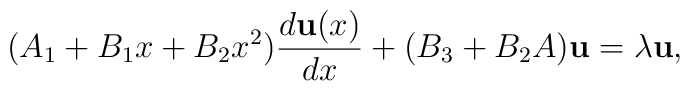
(A_1+B_1x+B_2x^2){d{\bf u}(x)\over dx} + (B_3 + B_2 A){\bf u}=\lambda {\bf u},